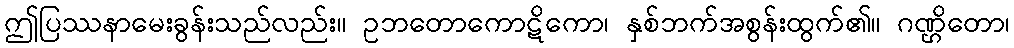
ဤပြဿနာမေးခွန်းသည်လည်း။ ဥဘတောကောဋိကော၊ နှစ်ဘက်အစွန်းထွက်၏။ ဂဏ္ဌိတော၊